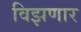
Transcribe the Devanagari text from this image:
विझणार